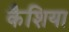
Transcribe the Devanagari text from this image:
कैशिया